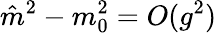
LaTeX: {\hat{m}}^{2}-m_{0}^{2}=O(g^{2})